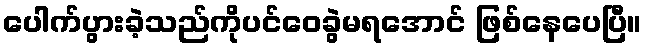
ပေါက်ပွားခဲ့သည်ကိုပင်ဝေခွဲမရအောင် ဖြစ်နေပေပြီ။